Civil Veterinary Dept. North-West Frontier Province 1923-32 - 1923-1932
Year: 1923
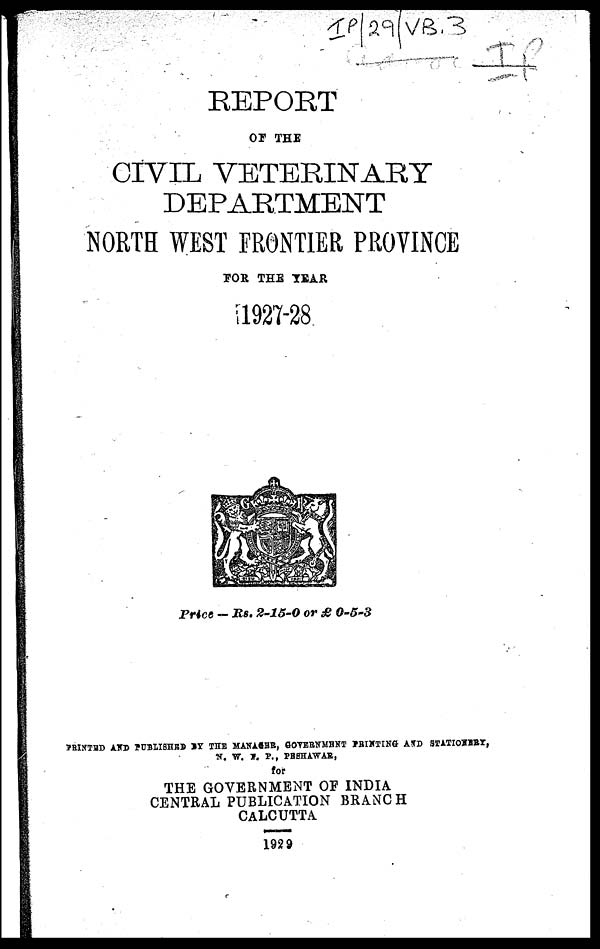
REPORT
OF THE
CIVIL VETERINARY
DEPARTMENT
NORTH WEST FRONTIER PROVINCE
FOR THE YEAR
1927-28
Price — Rs. 2-15-0 or £ 0-5-3
PRINTED AND PUBLISHED BY THE MANAGER, GOVERNMENT AND PRINTING AND STATIONERY,
N. W. F. P., PESHAWAR,
for
THE GOVERNMENT OF INDIA
CENTRAL PUBLICATION BRANCH
CALCUTTA
1929